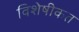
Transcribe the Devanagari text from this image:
विशेषीकत